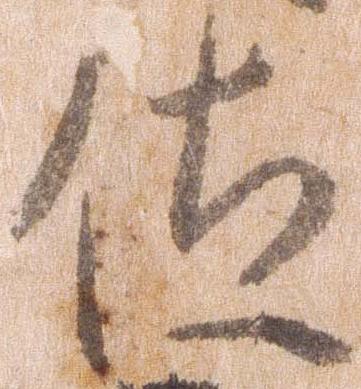
位